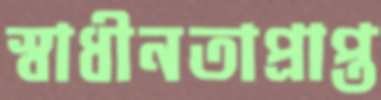
স্বাধীনতাপ্রাপ্ত